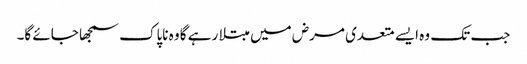
جب تک وہ ایسے متعدی مرض میں مبتلا رہے گا وہ ناپاک سمجھا جائے گا۔